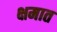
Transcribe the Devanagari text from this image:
क्षमात